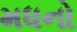
મધનો